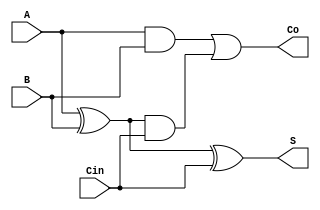
module somador ( S, Co, A, B, Cin);
	
	input A, B, Cin; //3 bits para somar
	output S, Co;	//resultado da soma e carry de sada
	wire T1, T2, T3; //recebem as combinaes das entradas
	
	xor Xor0(T1, A, B);
	and And0(T2, A, B);
	and And1(T3, T1, Cin);
	or Or0(Co, T2, T3);
	xor Xor1 (S, T1, Cin);

endmodule